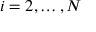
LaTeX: i = 2 , \ldots , N